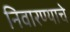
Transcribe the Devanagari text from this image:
निवारण्याचे